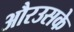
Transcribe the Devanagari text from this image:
औरउसके